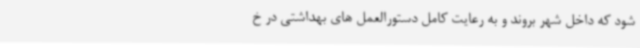
شود که داخل شهر بروند و به رعایت کامل دستورالعمل های بهداشتی در خ